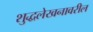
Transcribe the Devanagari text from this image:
शुद्धलेखनावरील